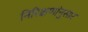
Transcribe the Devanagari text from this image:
निरिक्षणांनुसार